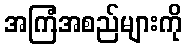
အကြံအစည်များကို